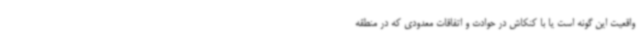
واقعیت این گونه‌ است یا با کنکاش در حوادث و اتفاقات معدودی که در منطقه